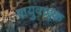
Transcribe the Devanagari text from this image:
वायुवाहक